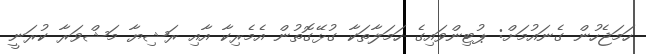
ހަމަޖެހުން ގެނައުމަށް: ޕުޓިންވައިގެ ހަމަލާތަކާ ގުޅޭގޮތުން އެމެރިކާ އާއި ރަޝިޔާ މަޝްވަރާ ކުރަނީ